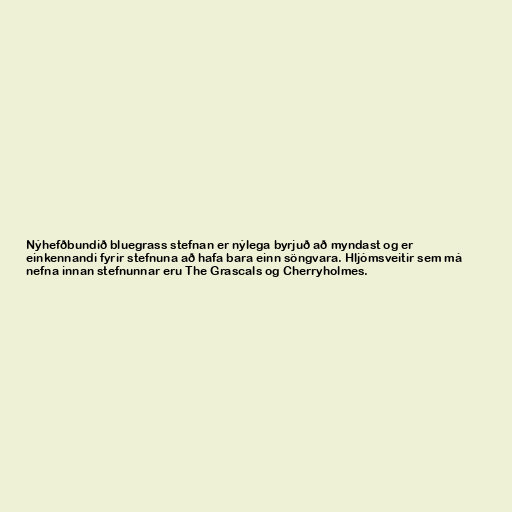
Nýhefðbundið bluegrass stefnan er nýlega byrjuð að myndast og er
einkennandi fyrir stefnuna að hafa bara einn söngvara. Hljómsveitir sem má
nefna innan stefnunnar eru The Grascals og Cherryholmes.